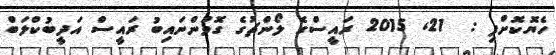
ހެޔޮކޮށްފި :  21